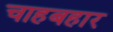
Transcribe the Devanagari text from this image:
चाहबहार